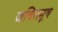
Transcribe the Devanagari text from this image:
जवितमूष